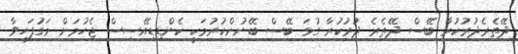
ދޭތެރެދުރުކުރާ ބޭސް ދޭތެރެ ދުރުކުރާ ގުޅަ ބޭސް ބޭނުންކުރުމަކީ ކެންޑިޑިއޭސިސް ޖެހުމަށް މަގުފަހިވާ